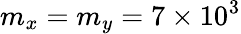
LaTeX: m_{x}=m_{y}=7\times 10^{3}